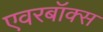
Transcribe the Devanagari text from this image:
एवरबॉक्स